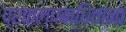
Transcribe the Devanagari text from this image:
प्रकल्पबाधितांना